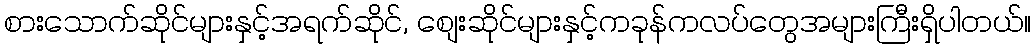
စားသောက်ဆိုင်များနှင့်အရက်ဆိုင်, စျေးဆိုင်များနှင့်ကခုန်ကလပ်တွေအများကြီးရှိပါတယ်။